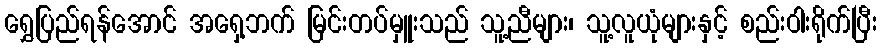
ရွှေပြည်ရန်အောင် အရှေ့ဘက် မြင်းတပ်မှူးသည် သူ့ညီများ၊ သူ့လူယုံများနှင့် စည်းဝါးရိုက်ပြီး